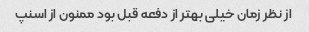
از نظر زمان خیلی بهتر از دفعه قبل بود ممنون از اسنپ